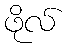
ဖိုလ်